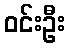
ဝင်းဦး